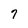
Character: 7